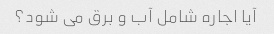
آیا اجاره شامل آب و برق می شود؟